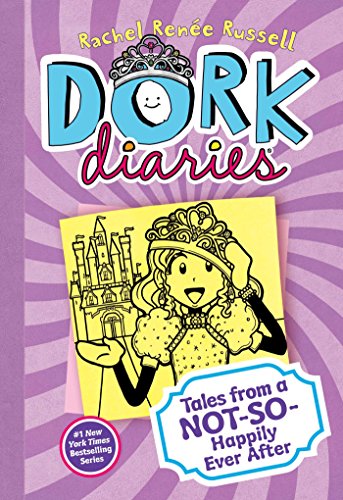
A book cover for Dork Diaries 8: Tales from a Not-So-Happily Ever After; Rachel RenÃ©e Russell; Children's Books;